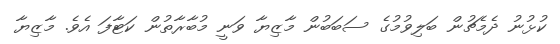
ކުޅުނު ދެމެޗުން ބަލިވުމުގެ ސަބަބުން މާޒިޔާ ވަނީ މުބާރާތުން ކަޓާފަ އެވެ. މާޒިޔާ